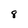
Character: 8